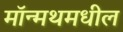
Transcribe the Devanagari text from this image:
मॉन्मथमधील